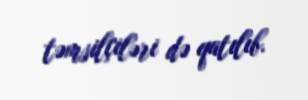
təmsilçiləri də qatılıb.